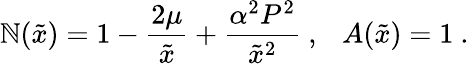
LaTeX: \mathbb{N}(\tilde{{x}})=1-\frac{{2\mu}}{{\tilde{{x}}}}+\frac{{\alpha^{2}P^{2}}}{{\tilde{{x}}^{2}}}\ ,\ \ \ A(\tilde{{x}})=1\ .